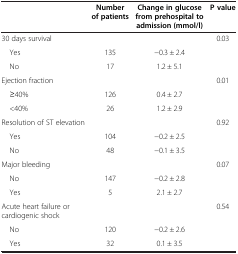
|  | Number of patients | Change in glucose from prehospital to admission (mmol/l) | P value |
 | --- | --- | --- | --- |
 | 30 days survival |  |  | 0.03 |
 | Yes | 135 | −0.3 ± 2.4 |  |
 | No | 17 | 1.2 ± 5.1 |  |
 | Ejection fraction |  |  | 0.01 |
 | ≥40% | 126 | 0.4 ± 2.7 |  |
 | <40% | 26 | 1.2 ± 2.9 |  |
 | Resolution of ST elevation |  |  | 0.92 |
 | Yes | 104 | −0.2 ± 2.5 |  |
 | No | 48 | −0.1 ± 3.5 |  |
 | Major bleeding |  |  | 0.07 |
 | No | 147 | −0.2 ± 2.8 |  |
 | Yes | 5 | 2.1 ± 2.7 |  |
 | Acute heart failure or cardiogenic shock |  |  | 0.54 |
 | No | 120 | −0.2 ± 2.6 |  |
 | Yes | 32 | 0.1 ± 3.5 |  |